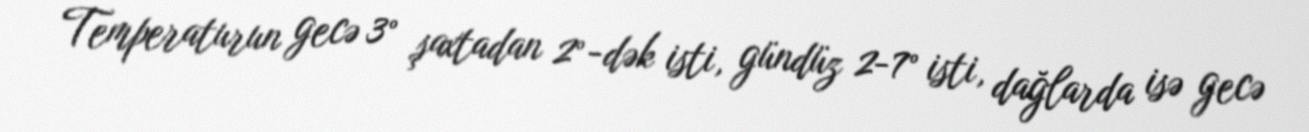
Temperaturun gecə 3° şaxtadan 2°-dək isti, gündüz 2-7° isti, dağlarda isə gecə